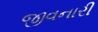
જીવનારી